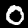
Digit: 0